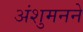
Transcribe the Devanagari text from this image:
अंशुमनने